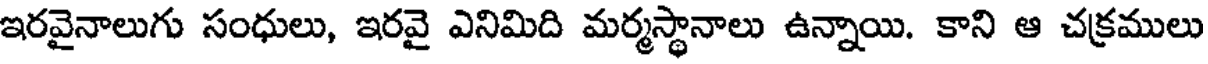
ఇరవైనాలుగు సంధులు, ఇరవై ఎనిమిది మర్మస్థానాలు ఉన్నాయి. కాని ఆ చక్రములు